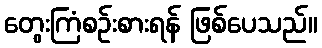
တွေးကြံစဉ်းစားရန် ဖြစ်ပေသည်။